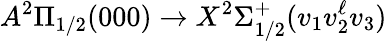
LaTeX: A^{2}\Pi_{1/2}(000)\rightarrow X^{2}\Sigma_{1/2}^{+}(v_{1}v_{2}^{\ell}v_{3})